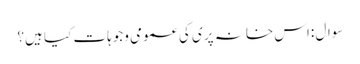
سوال :اس خانہ پری کی عمومی وجوہات کیا ہیں؟